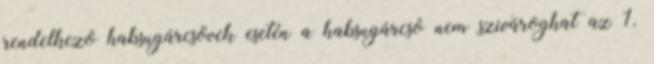
rendelkezõ habsugárcsövek esetén a habsugárcsõ nem szivároghat az 1.